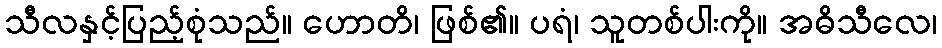
သီလနှင့်ပြည့်စုံသည်။ ဟောတိ၊ ဖြစ်၏။ ပရံ၊ သူတစ်ပါးကို။ အဓိသီလေ၊